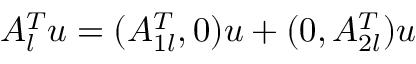
A _ { l } ^ { T } u = ( A _ { 1 l } ^ { T } , 0 ) u + ( 0 , A _ { 2 l } ^ { T } ) u